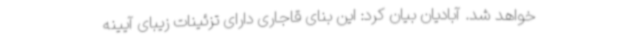
خواهد شد. آبادیان بیان کرد: این بنای قاجاری دارای تزئینات زیبای آیینه